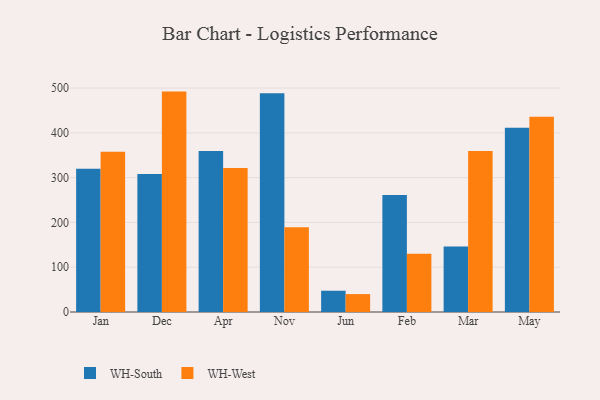
{"axis": {"x": "Month", "y": "Energy Usage (MWh)"}, "legend": ["WH-South", "WH-West"], "data": [{"x": "Jan", "y": 319.7, "type": "WH-South"}, {"x": "Jan", "y": 357.9, "type": "WH-West"}, {"x": "Dec", "y": 308.3, "type": "WH-South"}, {"x": "Dec", "y": 492.1, "type": "WH-West"}, {"x": "Apr", "y": 359.7, "type": "WH-South"}, {"x": "Apr", "y": 321.4, "type": "WH-West"}, {"x": "Nov", "y": 488.4, "type": "WH-South"}, {"x": "Nov", "y": 189.1, "type": "WH-West"}, {"x": "Jun", "y": 47.5, "type": "WH-South"}, {"x": "Jun", "y": 40.0, "type": "WH-West"}, {"x": "Feb", "y": 261.2, "type": "WH-South"}, {"x": "Feb", "y": 130.1, "type": "WH-West"}, {"x": "Mar", "y": 146.4, "type": "WH-South"}, {"x": "Mar", "y": 359.3, "type": "WH-West"}, {"x": "May", "y": 411.5, "type": "WH-South"}, {"x": "May", "y": 435.9, "type": "WH-West"}]}